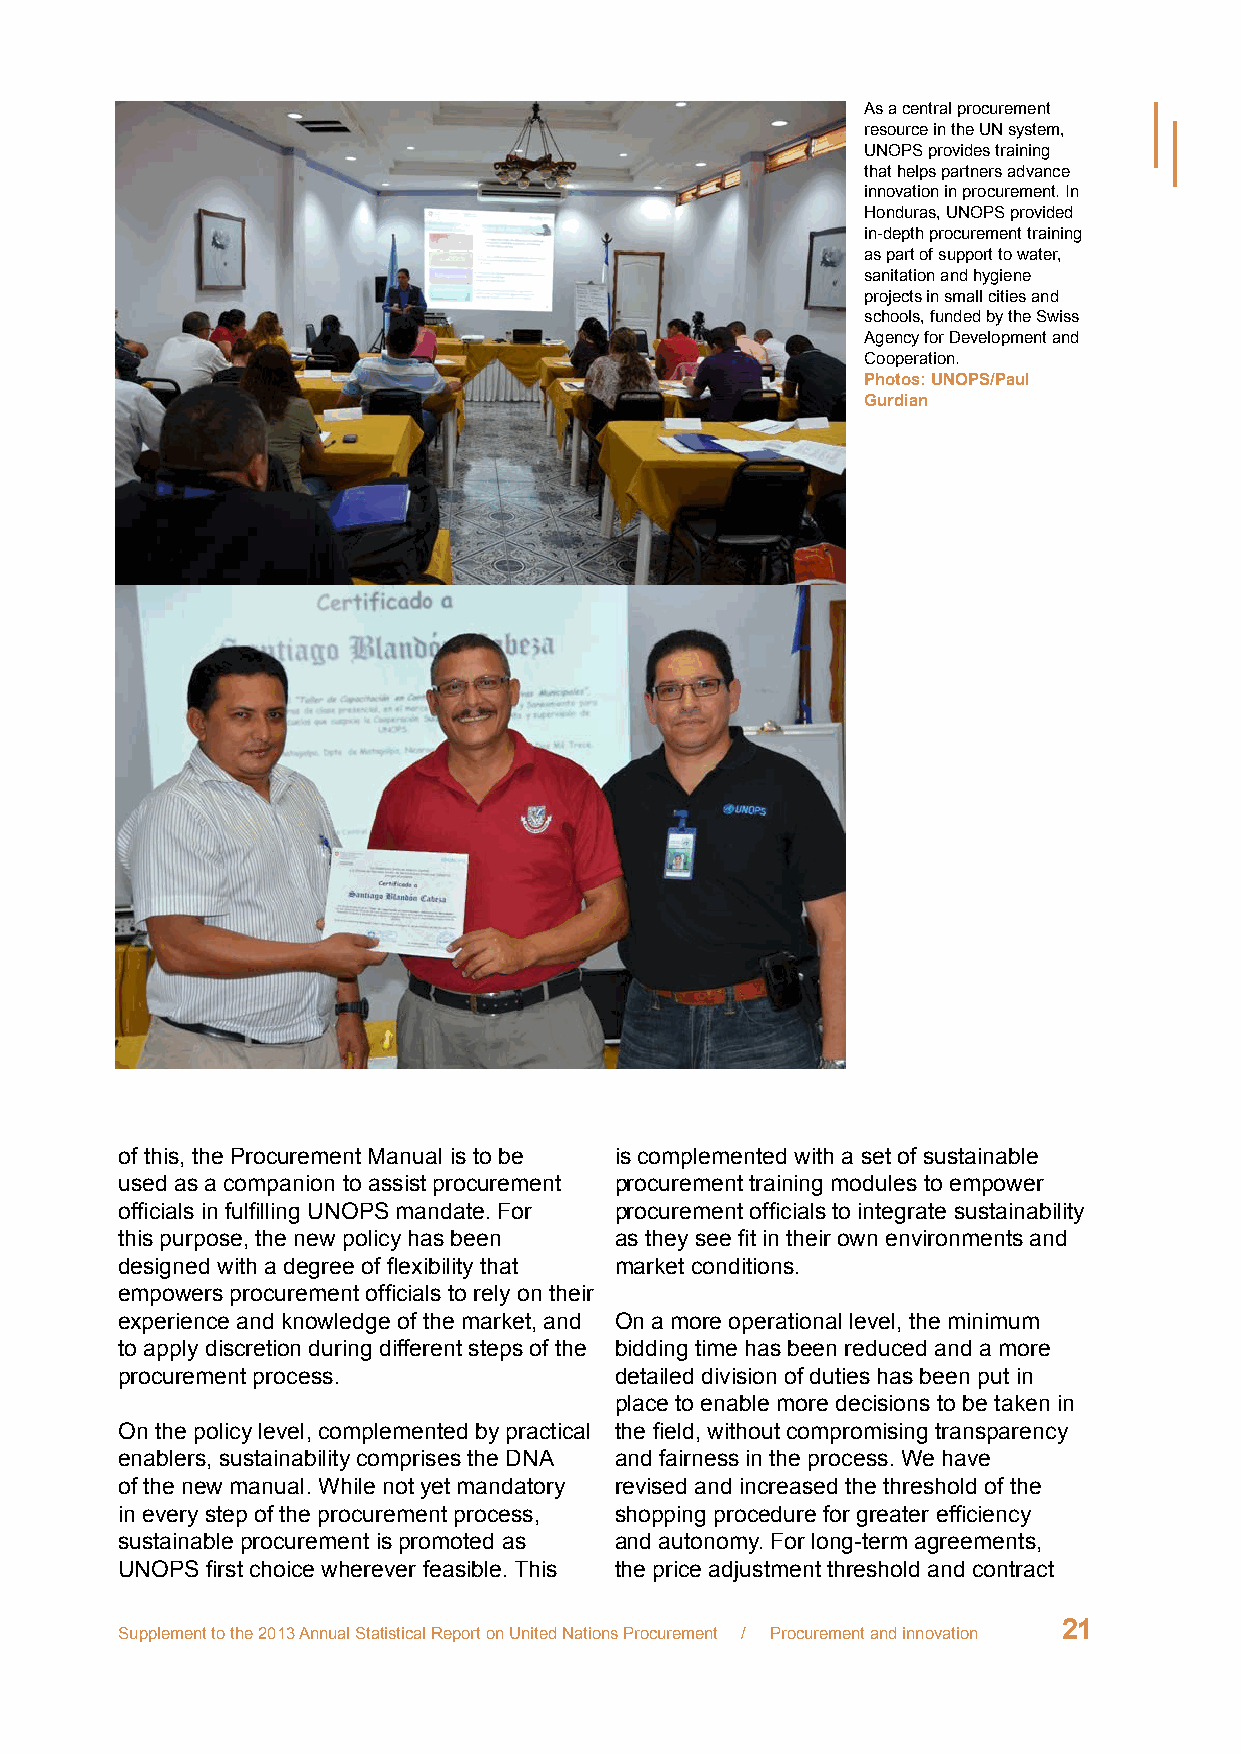
As a central procurement
 resource in the UN system,
 UNOPS provides training
 that helps partners advance
 innovation in procurement. In
 Honduras, UNOPS provided
 in-depth procurement training
 as part of support to water,
 sanitation and hygiene
 projects in small cities and
 schools, funded by the Swiss
 Agency for Development and
 Cooperation.
 Photos: UNOPS/Paul
 Gurdian
 of this, the Procurement Manual is to be is complemented with a set of sustainable
 used as a companion to assist procurement procurement training modules to empower
 officials in fulfilling UNOPS mandate. For procurement officials to integrate sustainability
 this purpose, the new policy has been as they see fit in their own environments and
 designed with a degree of flexibility that market conditions.
 empowers procurement officials to rely on their
 experience and knowledge of the market, and On a more operational level, the minimum
 to apply discretion during different steps of the bidding time has been reduced and a more
 procurement process.             detailed division of duties has been put in
 place to enable more decisions to be taken in
 On the policy level, complemented by practical the field, without compromising transparency
 enablers, sustainability comprises the DNA and fairness in the process. We have
 of the new manual. While not yet mandatory revised and increased the threshold of the
 in every step of the procurement process, shopping procedure for greater efficiency
 sustainable procurement is promoted as and autonomy. For long-term agreements,
 UNOPS first choice wherever feasible. This the price adjustment threshold and contract
 21
 Supplement to the 2013 Annual Statistical Report on United Nations Procurement / Procurement and innovation